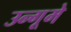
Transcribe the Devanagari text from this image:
उन्गूमे